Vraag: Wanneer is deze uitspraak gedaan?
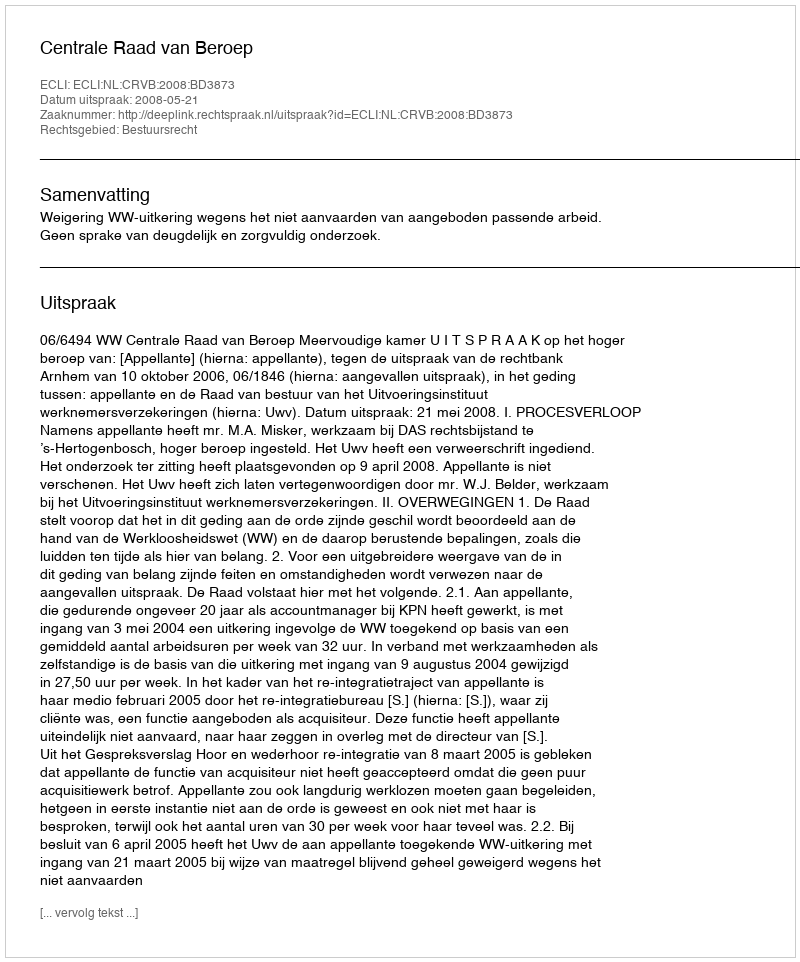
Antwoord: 2008-05-21